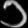
Digit: ၁